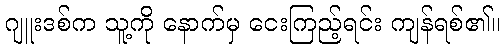
ဂျူးဒစ်က သူ့ကို နောက်မှ ငေးကြည့်ရင်း ကျန်ရစ်၏။